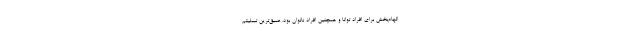
الهام‌بخش برای افراد توانا و همچنین افراد ناتوان بود. عمیق‌ترین تسلیتم